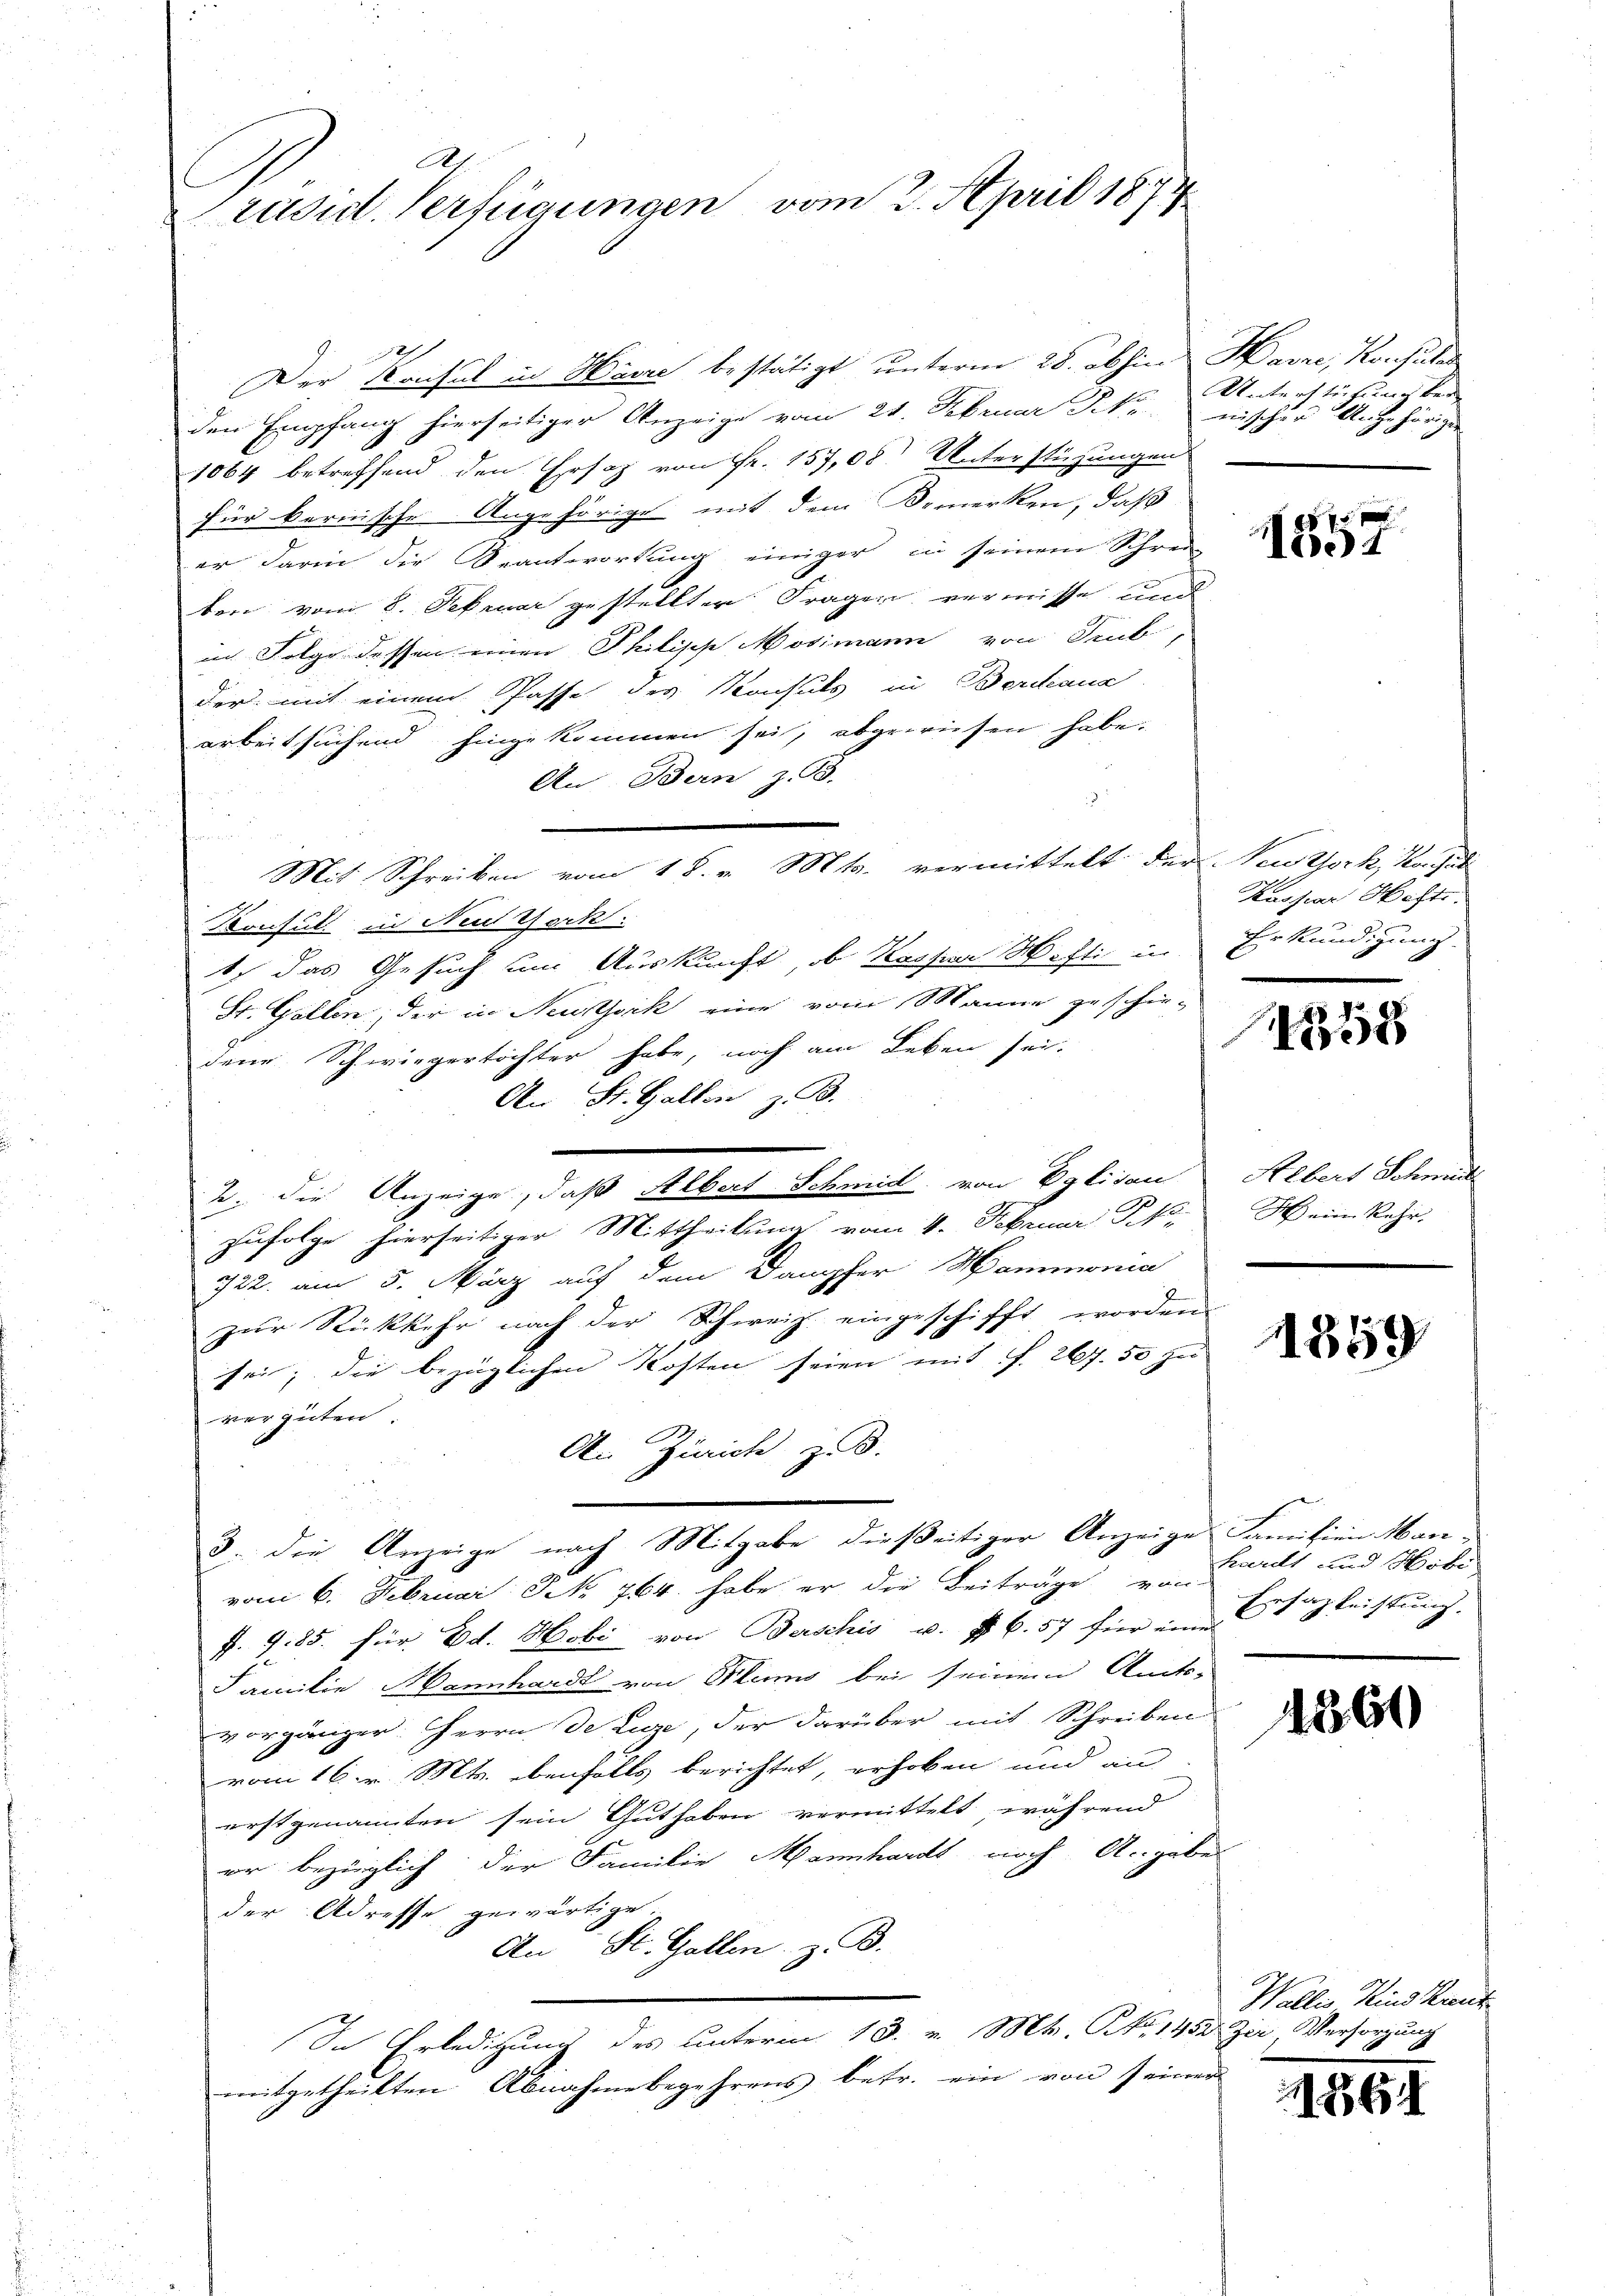
A
Prusid. Verfügungen vom 2. April 1874

Der Konsul in Harre bestätigt unterm 28. abhin Havre, Konsule
den Empfang hierseitiger Anzeige vom 21. Februar J. mischer Angehörigen
1064 betreffend den Ersatz von Fr. 157,08) Unterstützungen
für bernische Angehörige mit dem Bemerken, daß
er darin die Beantwortung einiger in seinem Schrei-
ben vom 8. Februar gestellter Fragen vermisse und
in Folge dessen einen Philisch Mosimann von Trub
der mit einem Pässe des Konsuls in Berdana
arbeitsuchend hingekommen sei, abgewiesen habe.
An Bern z. B.
n
Konsul in Neuhock.
1 das Gesuch um Auskunft, b. Kassen Hefti in
St. Gallen, der in Neustock eine vom Manne geschie-
dene Schwiegertöchter habe, noch am Leben sei.
An St. Gallen z. B.
2. die Anzeige, daß Albert Schmid von Eglisau
zufolge hierseitiger Mittheilung vom 4. Februar N
722. am 5. März auf dem Dampfer Mammonia
zur Rückkehr nach der Schweiz. eingeschifft worden
sei; die bezüglichen Kosten seien mit f. 267. 50 zu
vergüten
An Zürich zu.
8. die Anzeige nach Mitgabe dießeitiger Anzeige Familien Manvom 6. Februar: No 764. habe er die Beiträge von
J. 985. für Ed. Hobi von Berschis u. ff. 6. 57 für eine Erz leisten.
Familie Mannhardt von Blins bei seinem Amts-
vorgänger. Herrn De Luze, der darüber mit Schreiben
vom 16. v. Mts. ebenfalls berichtet, erhoben und an
erstgenannten sein Guthaben vermittelt, während
er bezüglich der Familie Mannhardt noch Angabe
der Adresse gewärtige
An St. Gallen z. B.
In Erledigung des unterm 13. v. Mts. No. 1452 Zir, Versorgung
mitgetheilten Abnahmebegehrens betr. ein von seiner

Mit Schreiben vom 18. v. Mts. vermittelt der Neuthork, Konsul

Unterstütung bei

f 7 x
)+

Kaspar Hefte.
Erkundigung.

358

Albert Schwerd
Ich ein Rehr

1859

hardt und Höbe

1860

864

Wallis Kind Kant